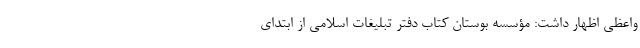
واعظی اظهار داشت: مؤسسه بوستان کتاب دفتر تبلیغات اسلامی از ابتدای